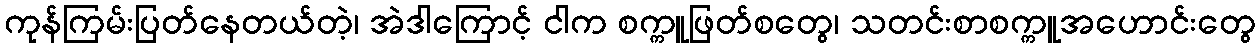
ကုန်ကြမ်းပြတ်နေတယ်တဲ့၊ အဲဒါကြောင့် ငါက စက္ကူဖြတ်စတွေ၊ သတင်းစာစက္ကူအဟောင်းတွေ